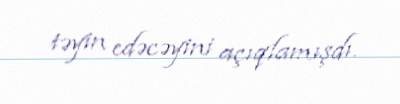
təyin edəcəyini açıqlamışdı.